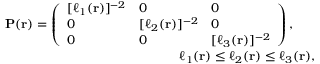
\begin{array} { r } { \mathbf { P } ( \mathbf { r } ) = \left( \begin{array} { l l l } { [ \ell _ { 1 } ( \mathbf { r } ) ] ^ { - 2 } } & { 0 } & { 0 } \\ { 0 } & { [ \ell _ { 2 } ( \mathbf { r } ) ] ^ { - 2 } } & { 0 } \\ { 0 } & { 0 } & { [ \ell _ { 3 } ( \mathbf { r } ) ] ^ { - 2 } } \end{array} \right) , \quad \quad } \\ { \ell _ { 1 } ( \mathbf { r } ) \le \ell _ { 2 } ( \mathbf { r } ) \le \ell _ { 3 } ( \mathbf { r } ) , ~ } \end{array}